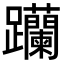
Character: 𨈆